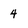
Character: 4